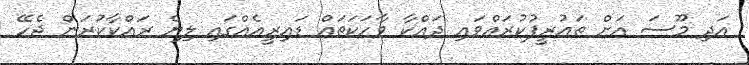
އަދި މޫސަ އަށް ތައުރީފުކުރައްވައި ދައްކާ ވާހަކަތައް ޑައިރީއެއްގައި ލިޔެ ރައްކާކުރަން ޖެހޭ